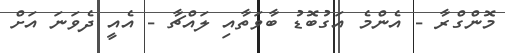
މޮންގްރާ - އެންމެ އަގުބޮޑު ބާވަތާއި ލައްޗާ - އެއީ ދެވަނަ އަށް